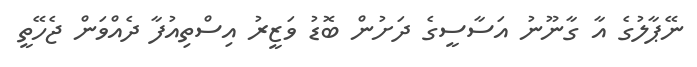
ނޭޕާލުގެ އާ ގާނޫނު އަސާސީގެ ދަށުން ބޮޑު ވަޒީރު އިސްތިއުފާ ދެއްވަން ޖެހޭތީ